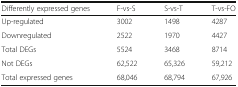
<table><thead><tr><td><b>Differently expressed genes</b></td><td><b>F-vs-S</b></td><td><b>S-vs-T</b></td><td><b>T-vs-FO</b></td></tr></thead><tbody><tr><td>Up-regulated</td><td>3002</td><td>1498</td><td>4287</td></tr><tr><td>Downregulated</td><td>2522</td><td>1970</td><td>4427</td></tr><tr><td>Total DEGs</td><td>5524</td><td>3468</td><td>8714</td></tr><tr><td>Not DEGs</td><td>62,522</td><td>65,326</td><td>59,212</td></tr><tr><td>Total expressed genes</td><td>68,046</td><td>68,794</td><td>67,926</td></tr></tbody></table>